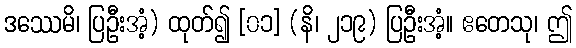
ဒဿေမိ၊ ပြဦးအံ့) ထုတ်၍ [၀၁] (နိ၊ ၂၁၉) ပြဦးအံ့။ ဧတေသု၊ ဤ